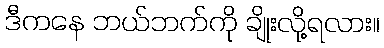
ဒီကနေ ဘယ်ဘက်ကို ချိုးလို့ရလား။